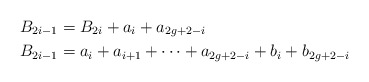
\begin{align*}B_{2i-1} &= B_{2i} + a_i + a_{2g+2-i} \\B_{2i-1} &= a_{i} + a_{i+1} + \cdots + a_{2g+2-i} + b_i + b_{2g+2-i} \end{align*}